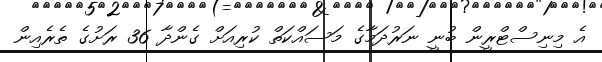
އެ މިނިސްޓްރީން ބުނީ ނަރުދަމާގެ މަސައްކަތް ކުރިއަށް ގެންދާ 36 ރަށުގެ ތެރެއިން